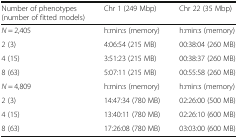
<table><thead><tr><td><b>Number of phenotypes (number of fitted models)</b></td><td><b>Chr 1 (249 Mbp)</b></td><td><b>Chr 22 (35 Mbp)</b></td></tr></thead><tbody><tr><td><i>N</i> = 2,405</td><td>h:min:s (memory)</td><td>h:min:s (memory)</td></tr><tr><td>2 (3)</td><td>4:06:54 (215 MB)</td><td>00:38:04 (260 MB)</td></tr><tr><td>4 (15)</td><td>3:51:23 (215 MB)</td><td>00:38:37 (260 MB)</td></tr><tr><td>8 (63)</td><td>5:07:11 (215 MB)</td><td>00:55:58 (260 MB)</td></tr><tr><td><i>N</i> = 4,809</td><td>h:min:s (memory)</td><td>h:min:s (memory)</td></tr><tr><td>2 (3)</td><td>14:47:34 (780 MB)</td><td>02:26:00 (500 MB)</td></tr><tr><td>4 (15)</td><td>13:40:11 (780 MB)</td><td>02:26:10 (600 MB)</td></tr><tr><td>8 (63)</td><td>17:26:08 (780 MB)</td><td>03:03:00 (600 MB)</td></tr></tbody></table>